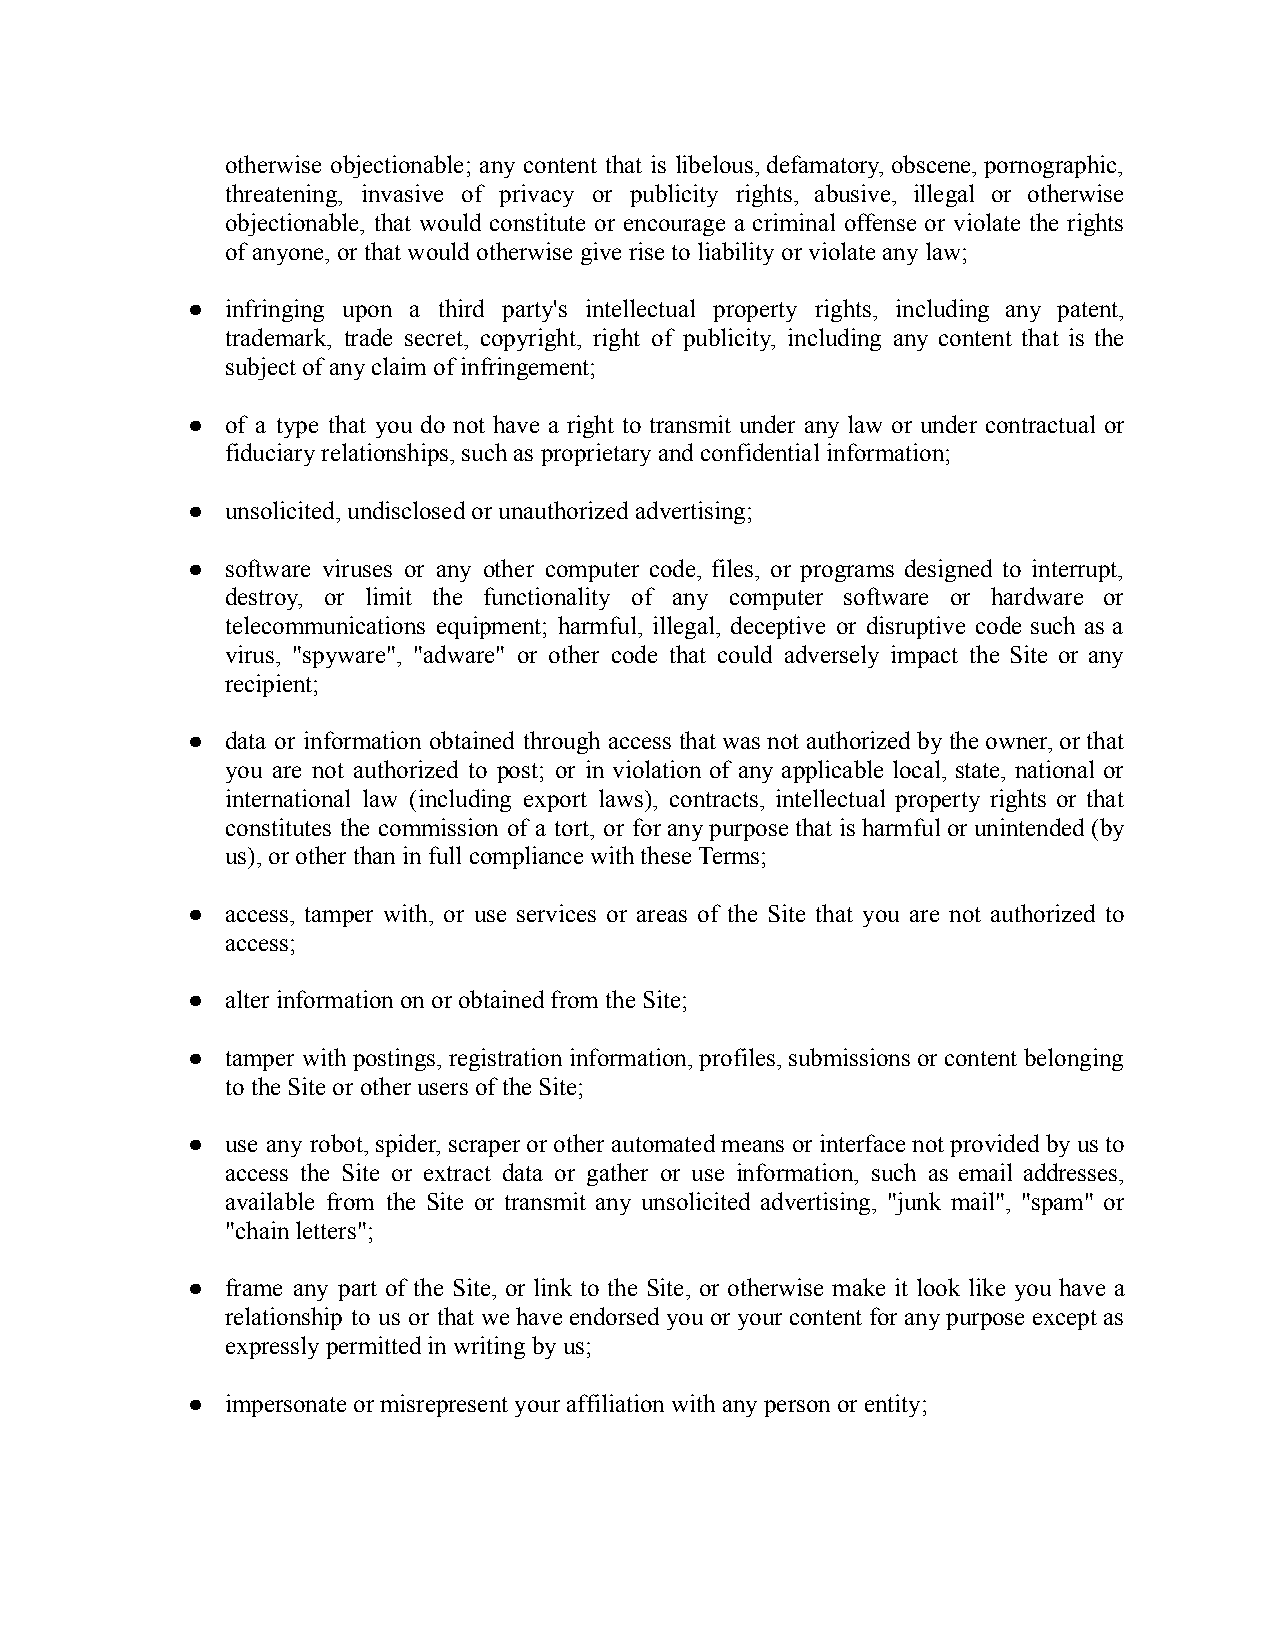
otherwise objectionable; any content that is libelous, defamatory,obscene,pornographic,
 threatening, invasive of privacy or publicity rights, abusive, illegal or otherwise
 objectionable, that would constitute or encourage a criminal offense or violate the rights
 of anyone, or that would otherwise give rise to liability or violate any law;
 ●  infringing upon a third party's intellectual property rights, including any patent,
 trademark, trade secret, copyright, right of publicity, including any content that is the
 subject of any claim of infringement;
 ●  of a type that you do not have a right to transmit under any law or under contractual or
 fiduciary relationships, such as proprietary and confidential information;
 ●  unsolicited, undisclosed or unauthorized advertising;
 ●  software viruses or any other computer code, files, or programs designed to interrupt,
 destroy, or limit the functionality of any computer software or hardware or
 telecommunications equipment; harmful, illegal, deceptive or disruptive code such as a
 virus, "spyware", "adware" or other code that could adversely impact the Site or any
 recipient;
 ●  data or information obtained through access that wasnotauthorized bytheowner,or that
 you are not authorized to post; or in violation of any applicable local, state, national or
 international law (including export laws), contracts, intellectual property rights or that
 constitutes the commission of a tort, or for anypurposethat isharmful orunintended(by
 us), or other than in full compliance with these Terms;
 ●  access, tamper with, or use services or areas of the Site that you are not authorized to
 access;
 ●  alter information on or obtained from the Site;
 ●  tamper with postings, registration information,profiles,submissions orcontentbelonging
 to the Site or other users of the Site;
 ●  use any robot,spider,scraperor otherautomatedmeansor interfacenot providedbyusto
 access the Site or extract data or gather or use information, such as email addresses,
 available from the Site or transmit any unsolicited advertising, "junk mail", "spam" or
 "chain letters";
 ●  frame any part of the Site, or link to the Site, or otherwise make it look like you have a
 relationship to us or that wehave endorsedyouoryour contentfor anypurposeexceptas
 expressly permitted in writing by us;
 ●  impersonate or misrepresent your affiliation withany person or entity;